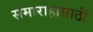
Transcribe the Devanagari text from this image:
समारोहासाठी